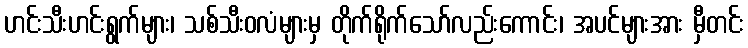
ဟင်းသီးဟင်းရွက်များ၊ သစ်သီးဝလံများမှ တိုက်ရိုက်သော်လည်းကောင်း၊ အပင်များအား မှီတင်း